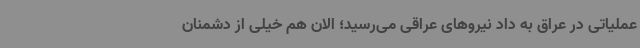
عملیاتی در عراق به داد نیروهای عراقی می‌رسید؛ الان هم خیلی از دشمنان